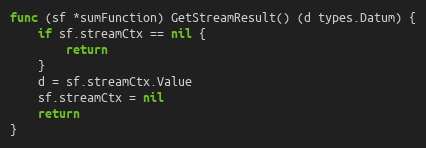
Language: Go
func (sf *sumFunction) GetStreamResult() (d types.Datum) {
	if sf.streamCtx == nil {
		return
	}
	d = sf.streamCtx.Value
	sf.streamCtx = nil
	return
}